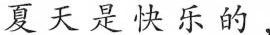
夏天是快乐的